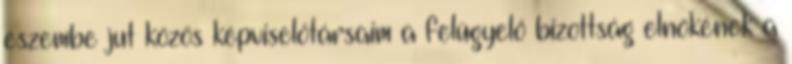
eszembe jut közös képviselőtársaim a felügyelő bizottság elnökének a